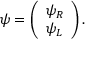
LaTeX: \psi = \left( \begin{array} { c } { { \psi _ { R } } } \\ { { \psi _ { L } } } \end{array} \right) .